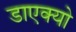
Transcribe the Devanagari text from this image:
डाएक्यो